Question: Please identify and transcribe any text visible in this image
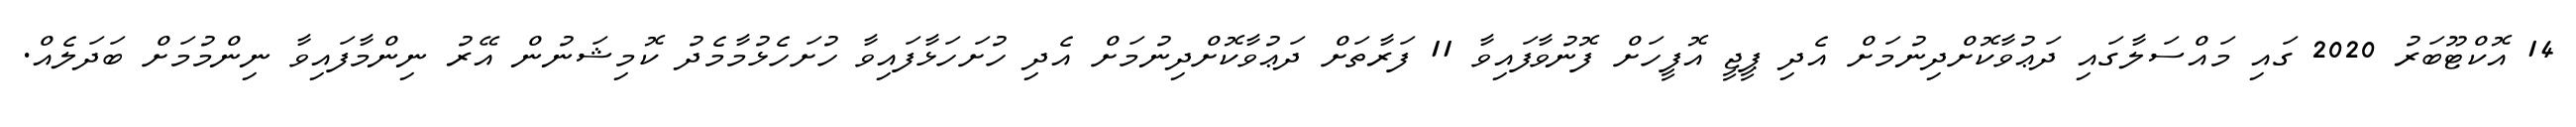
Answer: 14 އޮކްޓޫބަރު 2020 ގައި މައްސަލާގައި ދަޢުވާކޮށްދިނުމަށް އެދި ޕީޖީ އޮފީހަށް ފޮނުވާފައިވާ 11 ފަރާތަށް ދަޢުވާކޮށްދިނުމަށް އެދި ހުށަހަޅާފައިވާ ހުށަހެޅުމާމެދު ކޮމިޝަނުން އޭރު ނިންމާފައިވާ ނިންމުމަށް ބަދަލެއް.